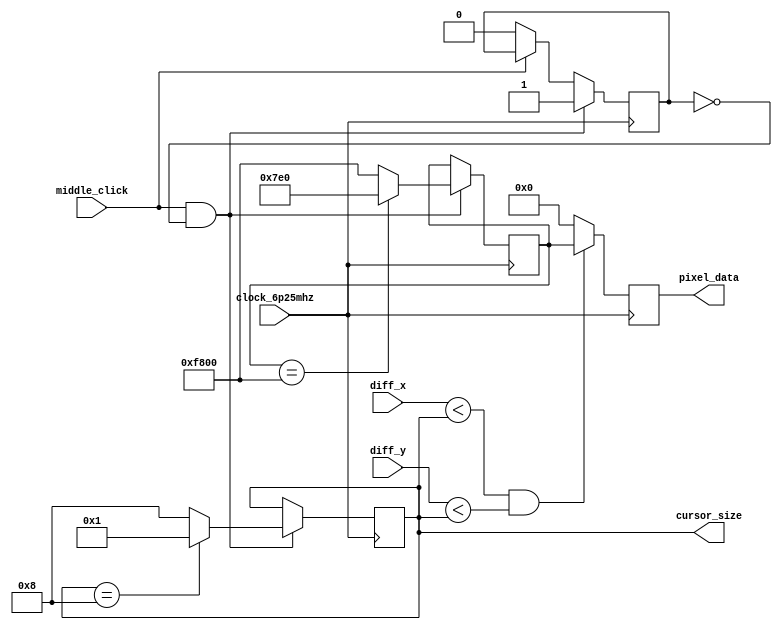
`timescale 1ns / 1ps
//////////////////////////////////////////////////////////////////////////////////
// Company: 
// Engineer: 
// 
// Design Name: 
// Module Name: individual_c
// Project Name: 
// Target Devices: 
// Tool Versions: 
// Description: 
// 
// Dependencies: 
// 
// Revision:
// Revision 0.01 - File Created
// Additional Comments:
// 
//////////////////////////////////////////////////////////////////////////////////


module individual_c(
    input clock_6p25mhz,
    input middle_click,
    input [6:0] diff_x,
    input [6:0] diff_y,
    output reg [3:0] cursor_size = 1,
    output reg [15:0] pixel_data
    );

    reg cursor_change = 0;
    reg [15:0] cursor_colour = 16'b11111_000000_00000;

    localparam LARGE = 8;
    localparam SMALL = 1;

    localparam RED = 16'b11111_000000_00000;
    localparam GREEN = 16'b00000_111111_00000;

    always @ (posedge clock_6p25mhz) begin
        if (middle_click == 1 && cursor_change == 0) begin
            cursor_size <= (cursor_size == LARGE) ? SMALL : LARGE;
            cursor_colour <= (cursor_colour == RED) ? GREEN: RED;
            cursor_change <= 1;
        end
        else if (middle_click == 0) begin
            cursor_change <= 0;
        end
        
        if ((diff_x < cursor_size) && (diff_y < cursor_size)) begin
            pixel_data <= cursor_colour;
        end
        else begin
            pixel_data <= 16'b00000_000000_00000;
        end
    end
endmodule